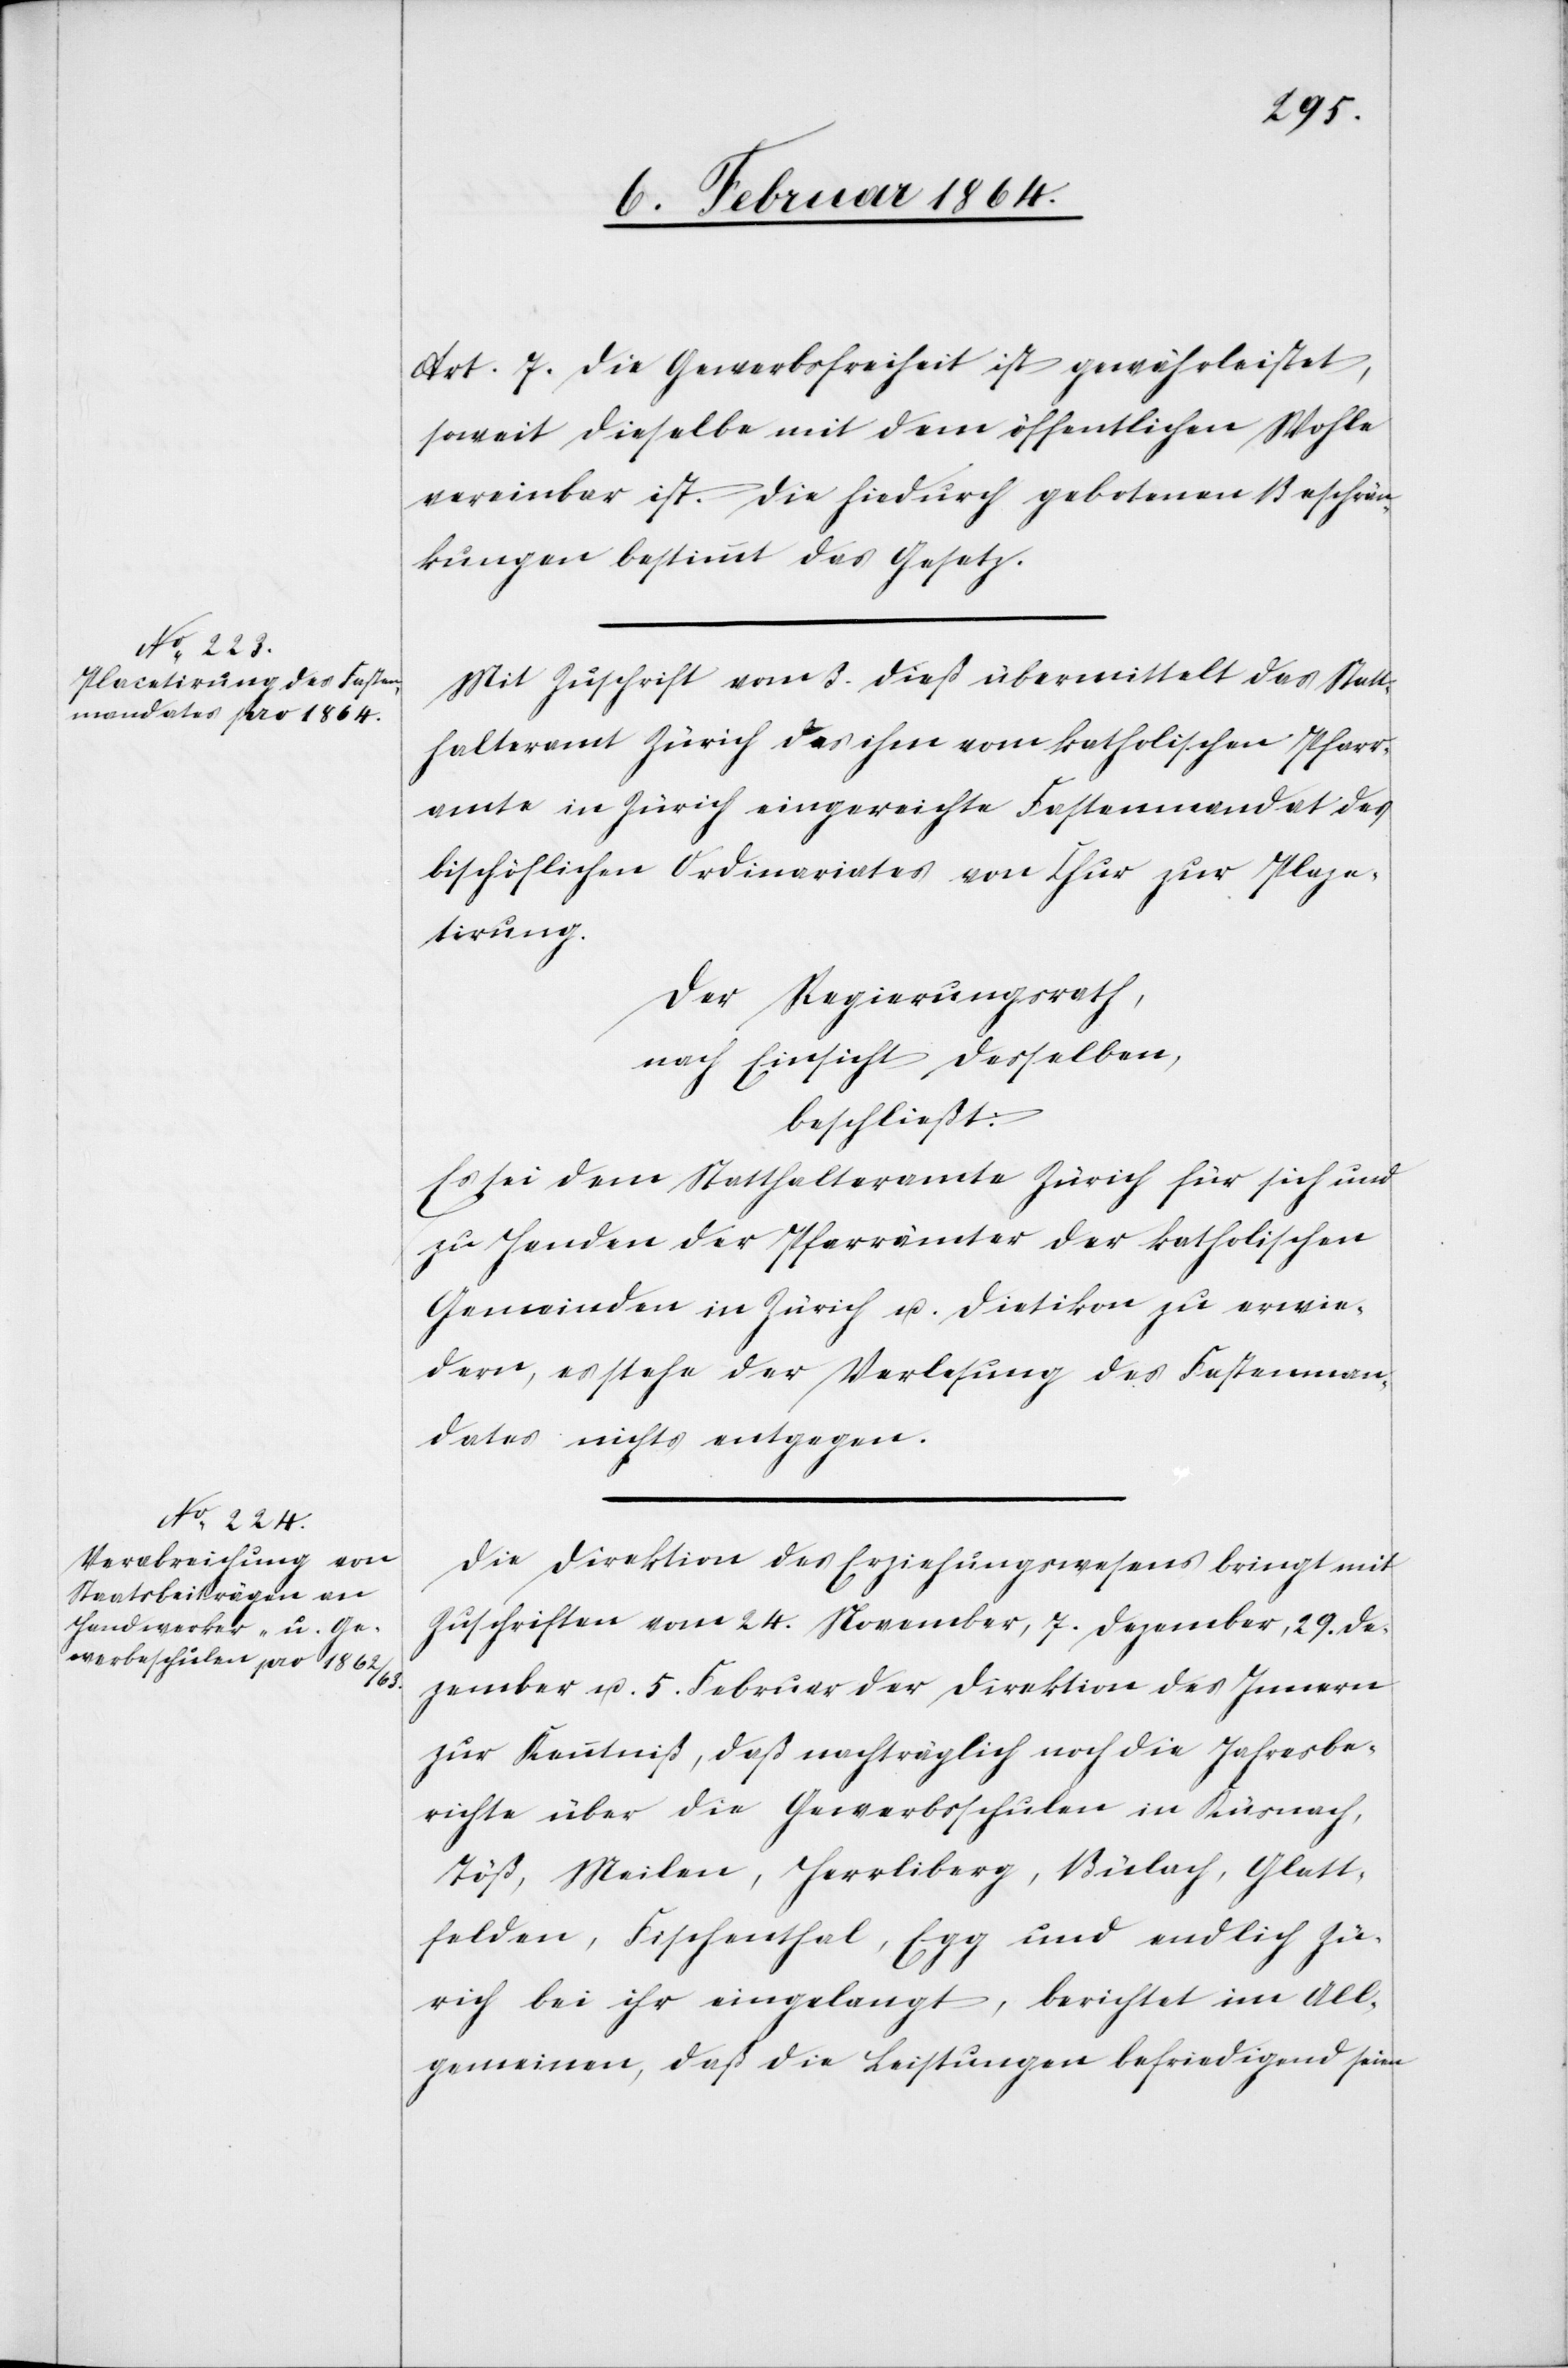
Art. 7. Die Gewerbsfreiheit ist gewährleistet,
soweit dieselbe mit dem öffentlichen Wohle
vereinbar ist. Die hiedurch gebotenen Beschrän¬
kungen bestimmt das Gesetz.
Mit Zuschrift vom 3. dieß übermittelt das Statt¬
halteramt Zürich das ihm vom katholischen Pfarr¬
amte in Zürich eingereichte Fastenmandat des
bischöflichen Ordinariates von Chur zur Plaza¬
tirung.
Der Regierungsrath,
nach Einsicht desselben,
beschließt:
Es sei dem Statthalteramte Zürich für sich und
zu Handen der Pfarrämter der katholischen
Gemeinden in Zürich u. Dietikon zu erwie¬
dern, es stehe der Verlesung des Fastenman¬
dates nichts entgegen.
Die Direktion des Erziehungswesens bringt mit
Zuschriften vom 24. November, 7. Dezember, 29. De¬
zember u. 5. Februar der Direktion des Innern
zur Kenntniß, daß nachträglich noch die Jahresbe¬
richte über die Gewerbsschulen in Küsnach,
Töß, Meilen, Herrliberg, Bülach, Glatt¬
felden, Fischenthal, Egg und endlich Zü¬
rich bei ihr eingelangt, berichtet im All¬
gemeinen, daß die Leistungen befriedigend seien